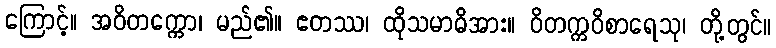
ကြောင့်။ အဝိတက္ကော၊ မည်၏။ ဧတဿ၊ ထိုသမာဓိအား။ ဝိတက္ကဝိစာရေသု၊ တို့တွင်။